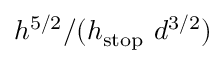
h ^ { 5 / 2 } / ( h _ { \mathrm { { s t o p } } } ~ d ^ { 3 / 2 } )